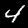
Label: 4